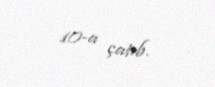
10-a çatıb.